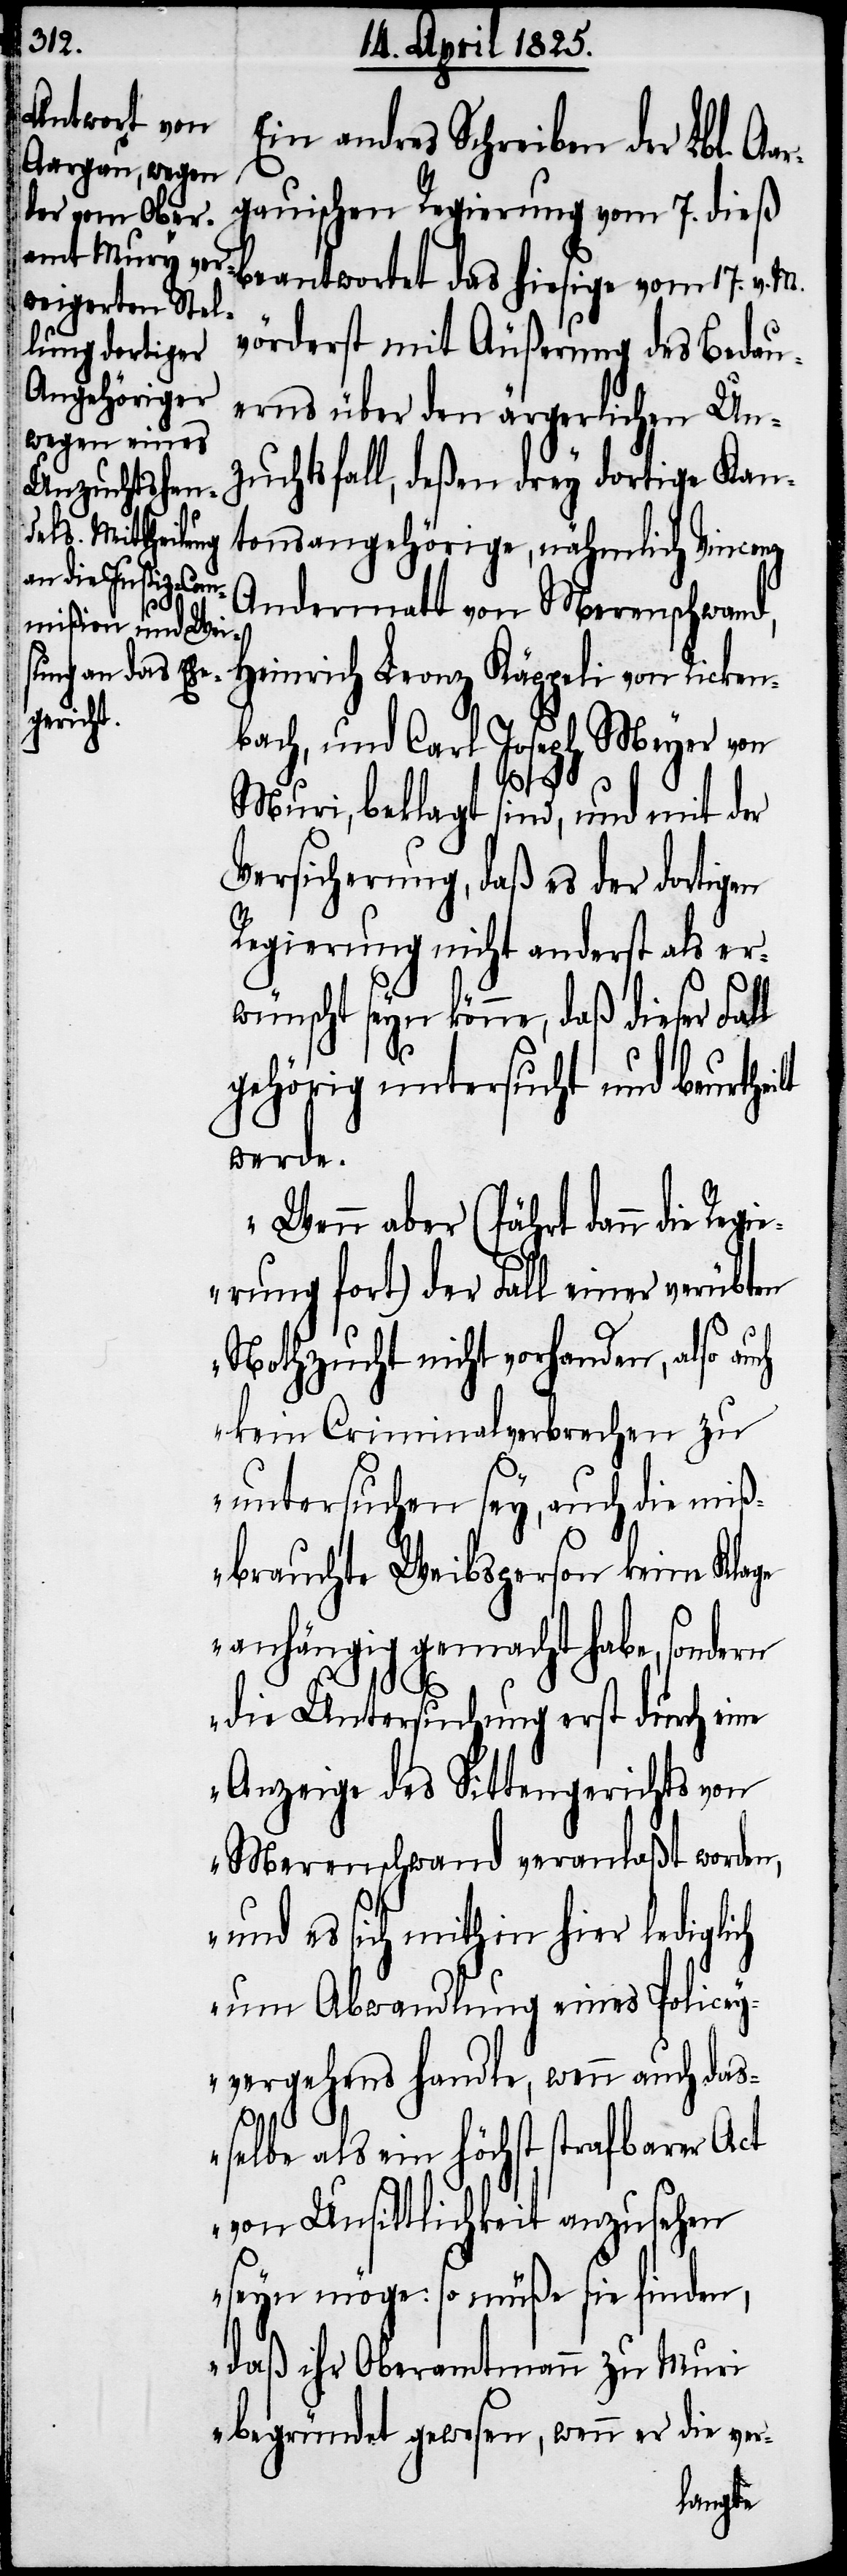
Ein andres Schreiben der Lbl. Aa¬
gauischen Regierung vom 7. dieß
beantwortet das hiesige vom 17. v. M.
vörderst mit Äußerung des Bedau¬
erns über den ärgerlichen Un¬
zuchtsfall, deßen drey dortige Kan¬
tonsangehörige, nähmlich Vincenz
Andermatt von Merenschwand,
Heinrich Leonz Käppeli von Ricken¬
bach, und Carl Joseph Meyer von
Muri, beklagt sind, und mit der
Versicherung, daß es der dortigen
Regierung nicht anderst als er¬
wünscht seyn könne, daß dieser Fal¬
gehörig untersucht und beurthe¬
werde.
„Wenn aber (fährt dann die Reg¬
ierung fort) der Fall einer verübten
Nothzucht nicht vorhanden, also auch
kein Criminalverbrechen zu
untersuchen sey, auch die miß¬
brauchte Weibsperson keine Klage
anhängig gemacht habe, sondern
die Untersuchung erst durch eine
Anzeige des Sittengerichts von
Merenschwand veranlaßt worden,
und es sich mithin hier lediglich
um Abwandlung eines Policey¬
vergehens handle, wenn auch das¬
ilt
selbe als ein höchst strafbarer Act
von Unsittlichkeit anzusehen
seyn möge: so müße sie finden,
daß ihr Oberamtmann zu Muri
begründet gewesen, wenn er die ver-